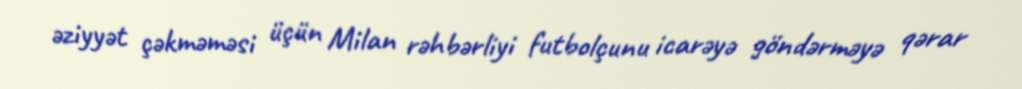
əziyyət çəkməməsi üçün Milan rəhbərliyi futbolçunu icarəyə göndərməyə qərar